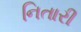
નિતારી